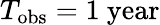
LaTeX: T_{\mathrm{obs}}=1~\mathrm{year}